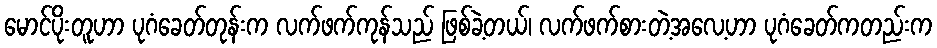
မောင်ပိုးတူဟာ ပုဂံခေတ်တုန်းက လက်ဖက်ကုန်သည် ဖြစ်ခဲ့တယ်၊ လက်ဖက်စားတဲ့အလေ့ဟာ ပုဂံခေတ်ကတည်းက